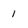
Character: 1